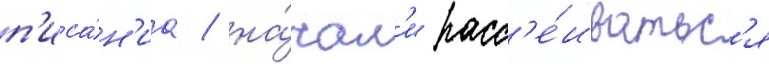
п'иса́н'иа / на́чал'и расс'е́иватьс'я